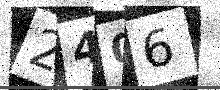
Text: 2406